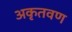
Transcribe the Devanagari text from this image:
अकृतवण